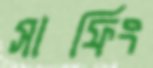
সার্ফিং